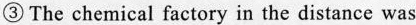
③ The chemical factory in the distance was